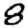
Digit: 8